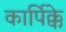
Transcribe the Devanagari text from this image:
कार्पिक्के